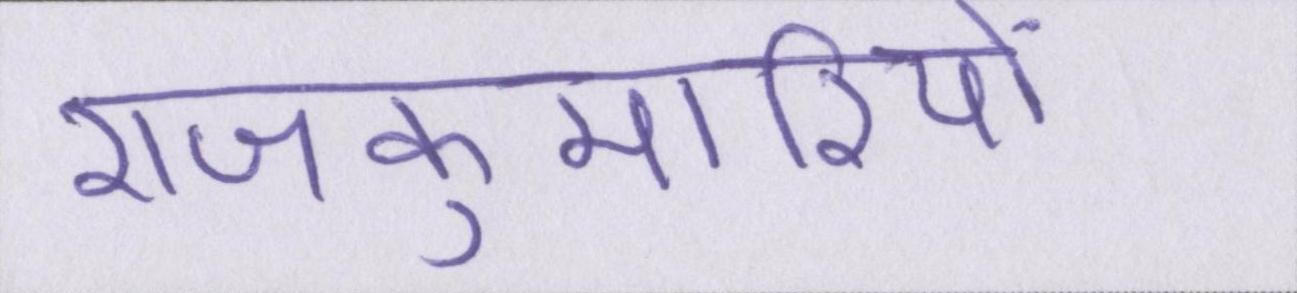
राजकुमारियों